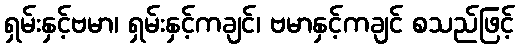
ရှမ်းနှင့်ဗမာ၊ ရှမ်းနှင့်ကချင်၊ ဗမာနှင့်ကချင် စသည်ဖြင့်